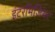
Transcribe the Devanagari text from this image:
इंटरमिजियट